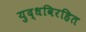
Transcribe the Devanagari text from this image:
युद्धविरहित